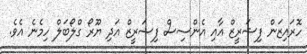
ހޮރައިޒަން ފިޝަރީޒް އާއި އެންސިސް ފިޝަރީޒް އަދި ޔޫރޯ ގްލޯބަލް ހިމެނެ އެވެ.